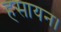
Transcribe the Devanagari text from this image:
हसायन।